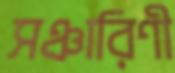
সঞ্চারিণী